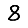
Digit: 8